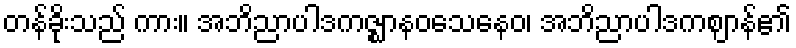
တန်ခိုးသည် ကား။ အဘိညာပါဒကဇ္ဈာနဝသေနေဝ၊ အဘိညာပါဒကဈာန်၏